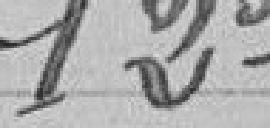
12°